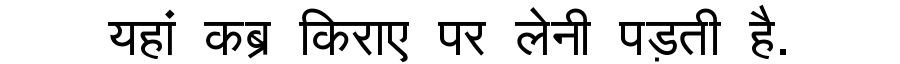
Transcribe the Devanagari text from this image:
यहां कब्र किराए पर लेनी पड़ती है.